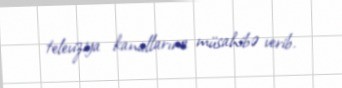
televiziya kanallarına müsahibə verib.